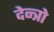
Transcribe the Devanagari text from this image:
देन्त्रो